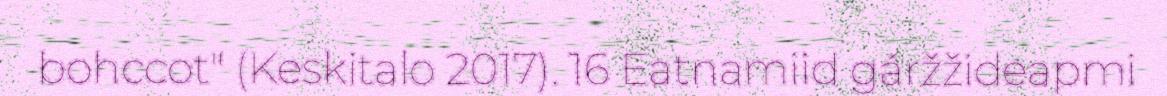
bohccot" (Keskitalo 2017). 16 Eatnamiid gáržžideapmi